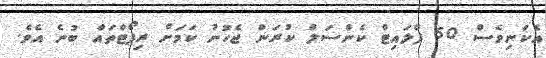
އެކަނިވެސް 50 ފްލައިޓް ކެންސަލް ކުރަން ޖެހުނު ކަމަށް ރިޕޯޓްތައް ބުނެ އެވެ.